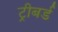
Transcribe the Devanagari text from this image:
ट्रीबर्ड